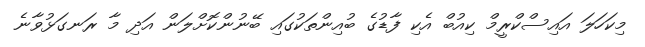
މިކަހަލަ އައިސްކްރީމް ކިއުބް އެކި ފާޑުގެ ބުއިންތަކުގައި ބޭނުންކޮށްލަން އަދި މާ ރަނގަޅުވާނެ